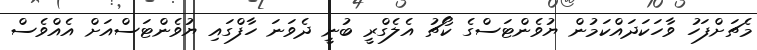
މެޗަށްފަހު ވާހަކަދައްކަމުން ޔުވެންޓަސްގެ ކޯޗު އެލެގްރީ ބުނީ ދެވަނަ ހާފްގައި ޔުވެންޓަސްއަށް އެއްވެސް